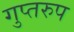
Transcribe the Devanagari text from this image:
गुप्तरुप